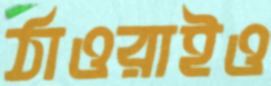
ঠাওরাইও